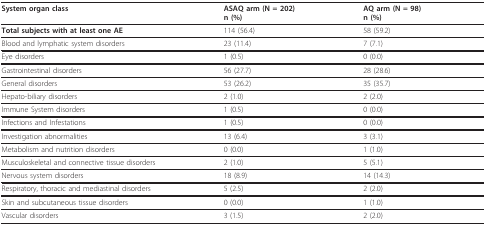
| System organ class | ASAQ arm (N = 202)n (%) | AQ arm (N = 98)n (%) |
 | --- | --- | --- |
 | Total subjects with at least one AE | 114 (56.4) | 58 (59.2) |
 | Blood and lymphatic system disorders | 23 (11.4) | 7 (7.1) |
 | Eye disorders | 1 (0.5) | 0 (0.0) |
 | Gastrointestinal disorders | 56 (27.7) | 28 (28.6) |
 | General disorders | 53 (26.2) | 35 (35.7) |
 | Hepato-biliary disorders | 2 (1.0) | 2 (2.0) |
 | Immune System disorders | 1 (0.5) | 0 (0.0) |
 | Infections and Infestations | 1 (0.5) | 0 (0.0) |
 | Investigation abnormalities | 13 (6.4) | 3 (3.1) |
 | Metabolism and nutrition disorders | 0 (0.0) | 1 (1.0) |
 | Musculoskeletal and connective tissue disorders | 2 (1.0) | 5 (5.1) |
 | Nervous system disorders | 18 (8.9) | 14 (14.3) |
 | Respiratory, thoracic and mediastinal disorders | 5 (2.5) | 2 (2.0) |
 | Skin and subcutaneous tissue disorders | 0 (0.0) | 1 (1.0) |
 | Vascular disorders | 3 (1.5) | 2 (2.0) |